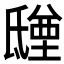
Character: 𣱑